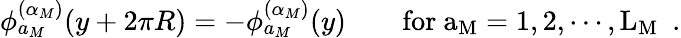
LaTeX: \phi_{a_{M}}^{(\alpha_{M})}(y+2\pi R)=-\phi_{a_{M}}^{(\alpha_{M})}(y)\qquad\mathrm{for~a_{M}=1,2,\cdots,L_{M}~}\ .